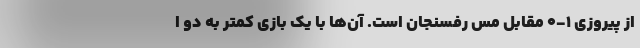
از پیروزی 1-0 مقابل مس رفسنجان است. آن‌ها با یک بازی کمتر به دو ا